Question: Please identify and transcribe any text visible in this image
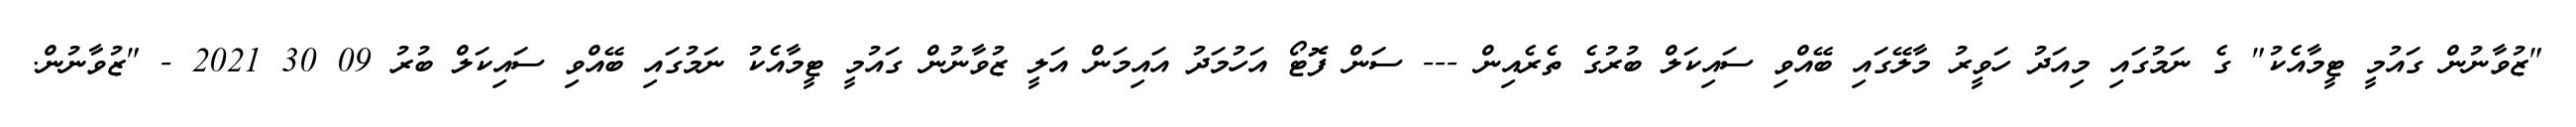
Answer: "ޒުވާނުން ގައުމީ ޓީމާއެކު" ގެ ނަމުގައި މިއަދު ހަވީރު މާލޭގައި ބޭއްވި ސައިކަލް ބުރުގެ ތެރެއިން --- ސަން ފޮޓޯ އަހުމަދު އައިމަން އަލީ ޒުވާނުން ގައުމީ ޓީމާއެކު ނަމުގައި ބޭއްވި ސައިކަލް ބުރު 09 30 2021 - "ޒުވާނުން.